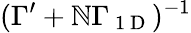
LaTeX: (\Gamma^{\prime}+\mathbb{N}\Gamma_{\mathrm{{~1~D~}}})^{-1}